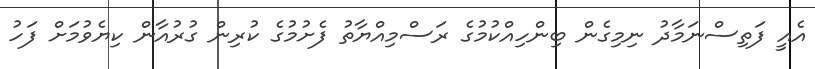
އެއީ ފަތިސްނަމާދު ނިމިގެން ބިންހިއްކުމުގެ ރަސްމިއްޔާތު ފެށުމުގެ ކުރިން ގުރުއާން ކިޔެވުމަށް ފަހު